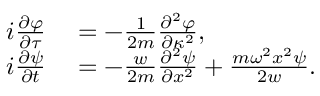
\begin{array} { r l } { i \frac { \partial \varphi } { \partial \tau } } & { { } = - \frac { 1 } { 2 m } \frac { \partial ^ { 2 } \varphi } { \partial \kappa ^ { 2 } } , } \\ { i \frac { \partial \psi } { \partial t } } & { { } = - \frac { w } { 2 m } \frac { \partial ^ { 2 } \psi } { \partial x ^ { 2 } } + \frac { m \omega ^ { 2 } x ^ { 2 } \psi } { 2 w } . } \end{array}